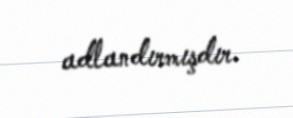
adlandırmışdır.